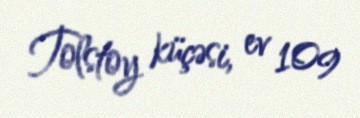
Tolstoy küçəsi, ev 109